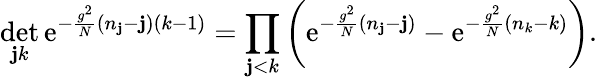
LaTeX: \operatorname*{det}_{\mathbf{j}k}\mathrm{{e}}^{-\frac{{g^{2}}}{{N}}(n_{\mathbf{j}}-\mathbf{j})(k-1)}=\prod_{\mathbf{j}<k}\left(\mathrm{{e}}^{-\frac{{g^{2}}}{{N}}(n_{\mathbf{j}}-\mathbf{j})}-\mathrm{{e}}^{-\frac{{g^{2}}}{{N}}(n_{k}-k)}\right).